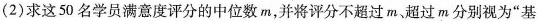
（2）求这50名学员满意度评分的中位数m，并将评分不超过m、超过m分别视为“基